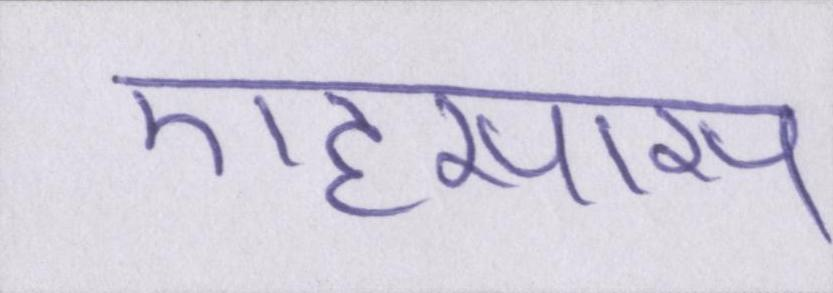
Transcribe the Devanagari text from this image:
एहसास